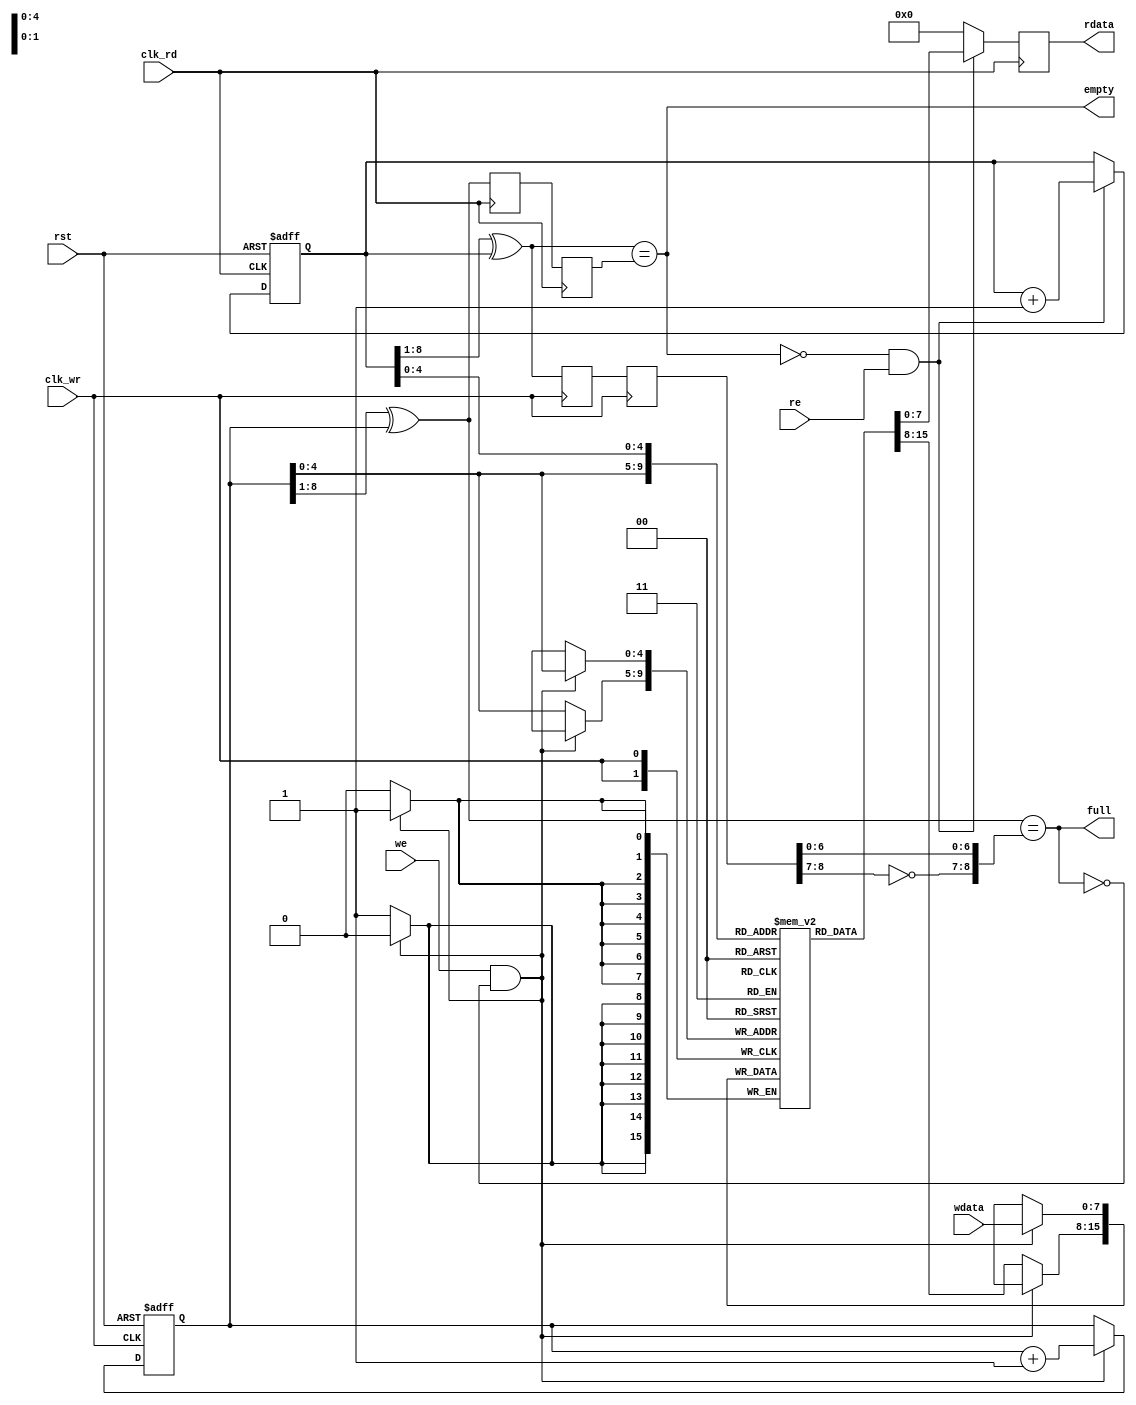
`timescale 1ns / 1ps
//////////////////////////////////////////////////////////////////////////////////
// Company: 
// Engineer: 
// 
// Design Name: 
// Module Name: Asychron_FIFO
// Project Name: 
// Target Devices: 
// Tool Versions: 
// Description: 
// 
// Dependencies: 
// 
// Revision:
// Revision 0.01 - File Created
// Additional Comments:
// 
//////////////////////////////////////////////////////////////////////////////////


module Asychron_FIFO
#(
  parameter wsize = 8,
  parameter dsize = 32
  )
(
    input clk_wr,
    input clk_rd,
    input rst,
    input[wsize-1:0] wdata,
    input we,
    input re,
    output full,
    output empty,
    output reg [wsize-1:0] rdata
    );
    
    reg[wsize-1:0] ram[dsize-1:0];
    wire[wsize-1:0] waddr, raddr;
    reg[wsize:0] waddr_bin, raddr_bin;
    wire[wsize:0] waddr_grey;
    reg[wsize:0] waddr_grey_d1, waddr_grey_d2;
    wire[wsize:0] raddr_grey;
    reg[wsize:0] raddr_grey_d1, raddr_grey_d2;
    
    //, MSB-10
    always@(posedge clk_wr or negedge rst) begin
        if(!rst)
            waddr_bin <= 'h0;
        else if(we && !full)
            waddr_bin <= waddr_bin + 1;
        else
            waddr_bin <= waddr_bin;
     end
     
     always@(posedge clk_wr) begin
        if(we && !full)
            ram[waddr] <= wdata;
        else
            ram[waddr] <= ram[waddr];
     end
     
     assign waddr = waddr_bin[wsize-1:0];
     
     //,MSB-10
     always@(posedge clk_rd or negedge rst) begin
        if(!rst)
            raddr_bin <= 'h0;
        else if(!empty && re)
            raddr_bin <= raddr_bin + 1;
        else
            raddr_bin <= raddr_bin;
     end
     
     always@(posedge clk_rd) begin
        if(!empty && re)
            rdata <= ram[raddr];
        else
            rdata <= 'h0;
     end
     
     assign raddr = raddr_bin[wsize-1:0];
     
     //
     assign waddr_grey = (waddr_bin >> 1) ^ waddr_bin;
     assign raddr_grey = (raddr_bin >> 1) ^ raddr_bin;
     
     always@(posedge clk_rd) begin
        waddr_grey_d1 <= waddr_grey;
        waddr_grey_d2 <= waddr_grey_d1;
     end
     
     always@(posedge clk_wr) begin
        raddr_grey_d1 <= raddr_grey;
        raddr_grey_d2 <= raddr_grey_d1;
     end
     //
     assign full = (waddr_grey == {~raddr_grey_d2[wsize : wsize-1], raddr_grey_d2[wsize-2:0]});
     //
     assign empty = (raddr_grey == waddr_grey_d2);
 
        
          
     
     
   
endmodule